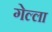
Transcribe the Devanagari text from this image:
गेल्ला